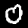
Label: 0